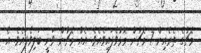
މެޗުގެ ތެރެއިން 7 މެޗުން މޮޅުވެފައިވެއެވެ. އެއް މެޗުން ވަނީ ބަލިވެފައެވެ. އެ